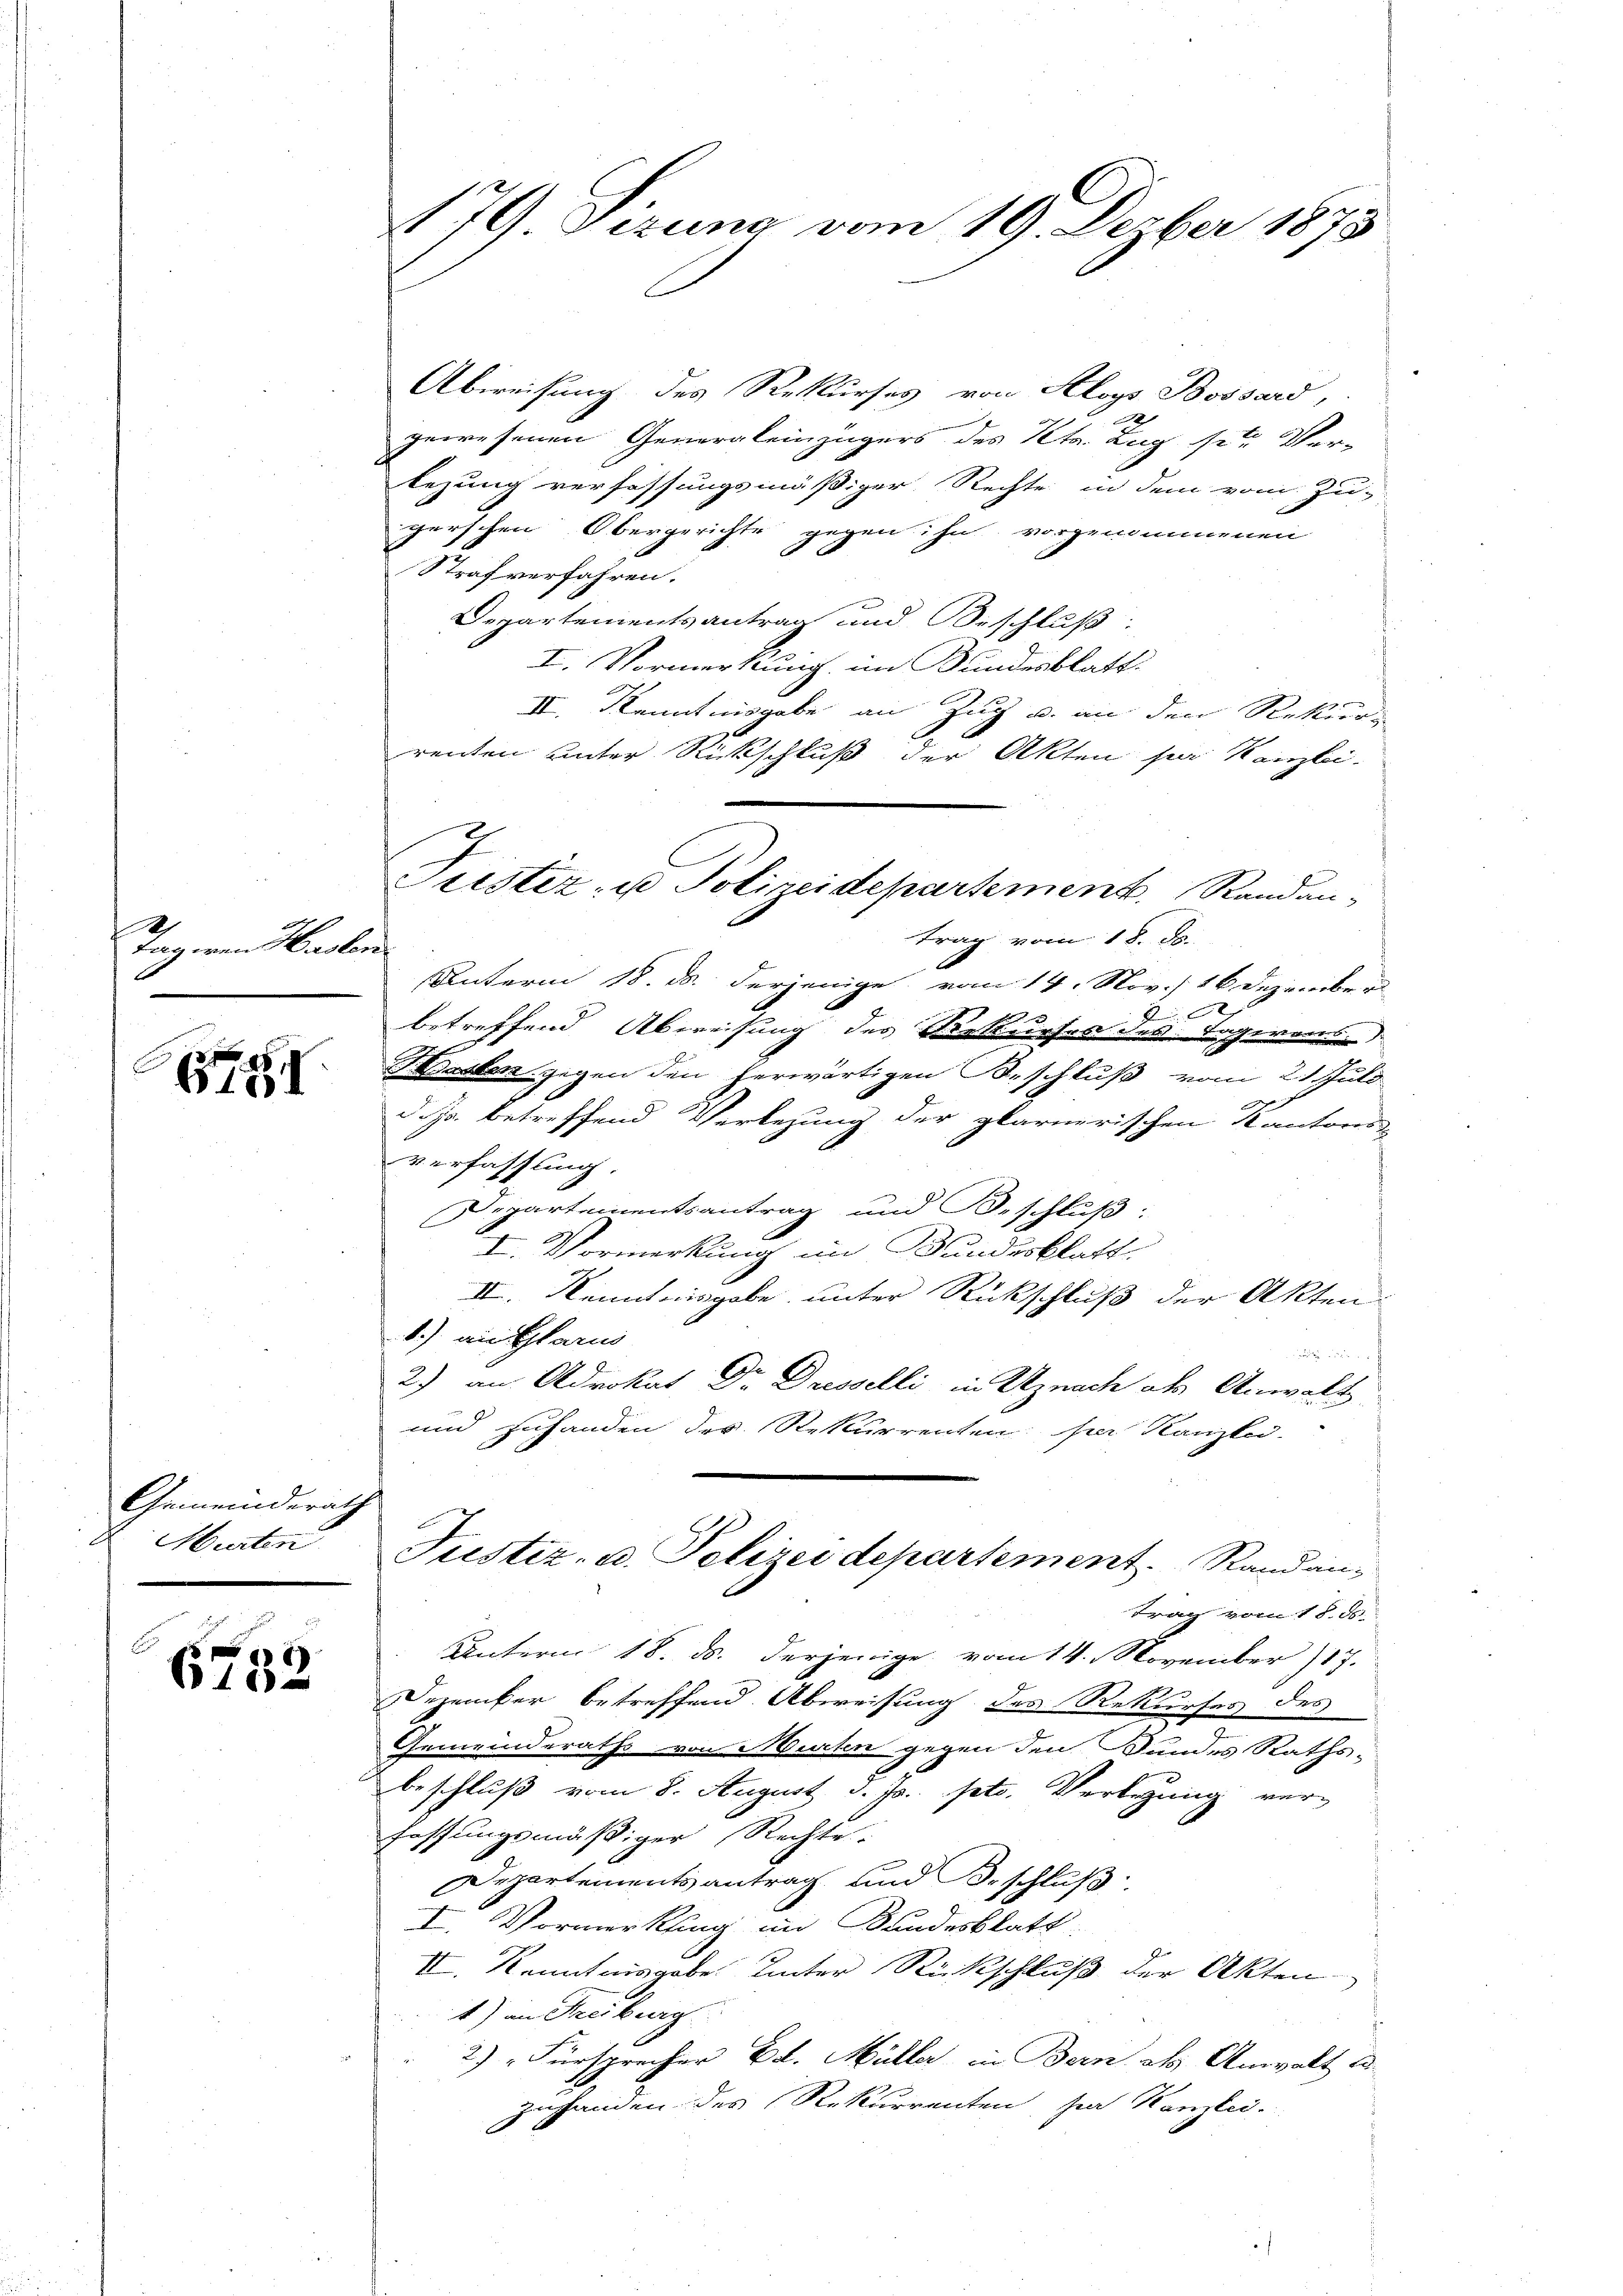
.
Tagiren Haslen

E
1

Gemeinderat
E. Hurten

a
10

176) Sizung vom 19. Depber 1873

Abweisung des Rekurses von Aloys Bossard,
2
gewesenen Generaleinzügers des Kts. Zug ster Ver-
bezung verfassungsmäßiger Rechte in dem vom Zu-
ferschen Obergerichte gegen ihn vorgenommenen
Straf verfahren.
Departementsantrag und Beschluß:
I. Vormerkung im Bundesblatt.
IV. Kenntnisgabe an Zug u. an den Rekurrenten unter Rückschluß der Akten ser Kanzlei-
Baslen gegen den herwärtigen Beschluß vom 21. Juli
d. Js. betreffend Verlegung der glarnerischen Kantons-
Verfassung.
Departementsantrag und Beschluß:
I. Vormerkung im Bundesblatt
II. Kenntnisgabe unter Rückschluß der Akten.
1.) an Glarus

2) an Advokat Dr. Dresselli in Uznach des Anwalt
und zuhanden des Rekurrenten sei Kanzlei-
h
Justiz- u. Polizeidepartement. Randantrag vom 18. ds.
Unterm 18. ds. derjenige vom 14. November 187.
Dezember betreffend Abweisung des Rekurses des
Gemeinderaths von Murten gegen den Bundes Raths-
beschluß vom 8. August d. Js. pto. Verlegung verfassungsmäßiger Rechte.
Departementsantrag und Beschluß
I. Vormerkung im Bundesblatt
III. Kenntnisgabe unter Rückschluß der Akten
1) an Freiburg
2) Fürsprecher Ed. Müller in Bern als Anwalt a
zuhanden des Rekurrenten hier Kanzlei.

Prister- u Polizeidepartement. Randan-
trag vom 18. ds.
Unterm 18. d. derjenige, vom 14. Nov. 16 Dezember
2
betreffend Abweisung des Rekurses des Lagereins